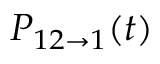
P _ { 1 2 \rightarrow 1 } ( t )